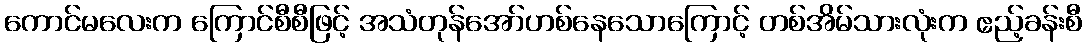
ကောင်မလေးက ကြောင်စီစီဖြင့် အသံတုန်အော်ဟစ်နေသောကြောင့် တစ်အိမ်သားလုံးက ဧည့်ခန်းစီ